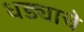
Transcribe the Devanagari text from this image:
धड्याचे